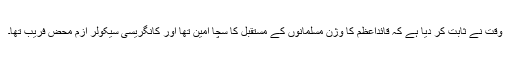
وقت نے ثابت کر دیا ہے کہ قائداعظم کا وژن مسلمانوں کے مستقبل کا سچا امین تھا اور کانگریسی سیکولر ازم محض فریب تھا۔